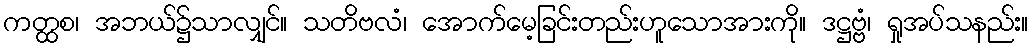
ကတ္ထစ၊ အဘယ်၌သာလျှင်။ သတိဗလံ၊ အောက်မေ့ခြင်းတည်းဟူသောအားကို။ ဒဋ္ဌဗ္ဗံ၊ ရှုအပ်သနည်း။